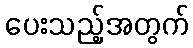
ပေးသည့်အတွက်